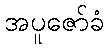
အပူဇော်ခံ